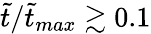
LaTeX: \tilde{t}/\tilde{t}_{max}\gtrsim 0.1